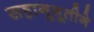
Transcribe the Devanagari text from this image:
सहानूभूतीने